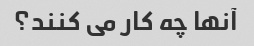
آنها چه کار می کنند؟